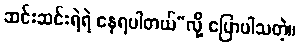
ဆင်းဆင်းရဲရဲ နေရပါတယ်”လို့ ပြောပါသတဲ့။